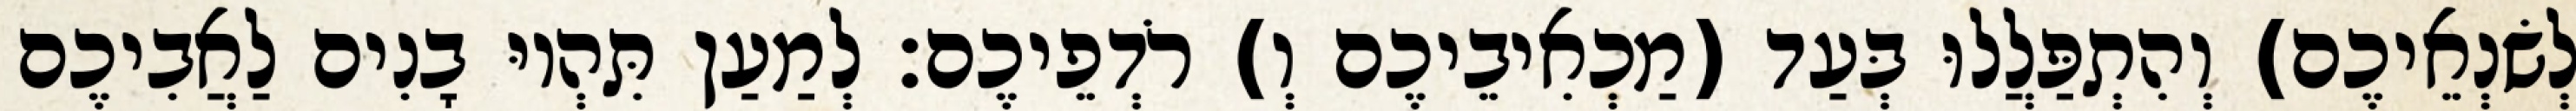
לְשׂנְאֵיכֶם) וְהִתְפַּלֲלוּ בְּעַד (מַכְאִיבֵיכֶם וְ) רֹדְפֵיכֶם׃ לְמַעַן תִּהְיוּ בָנִים לַאֲבִיכֶם